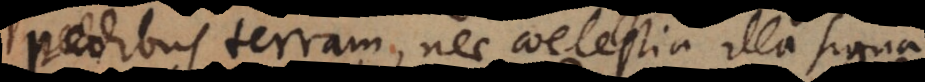
pedibus terram, nec coelestia illa signa